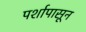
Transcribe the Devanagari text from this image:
पर्शापासून